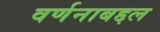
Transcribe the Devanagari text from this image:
वर्णनाबद्दल